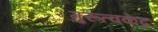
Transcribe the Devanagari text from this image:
गुरूत्वकेंद्र